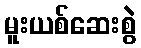
မူးယစ်ဆေးစွဲ